Vaccination North-Western Provinces and Oudh 1878-1895 - 1878-1895
Year: 1878
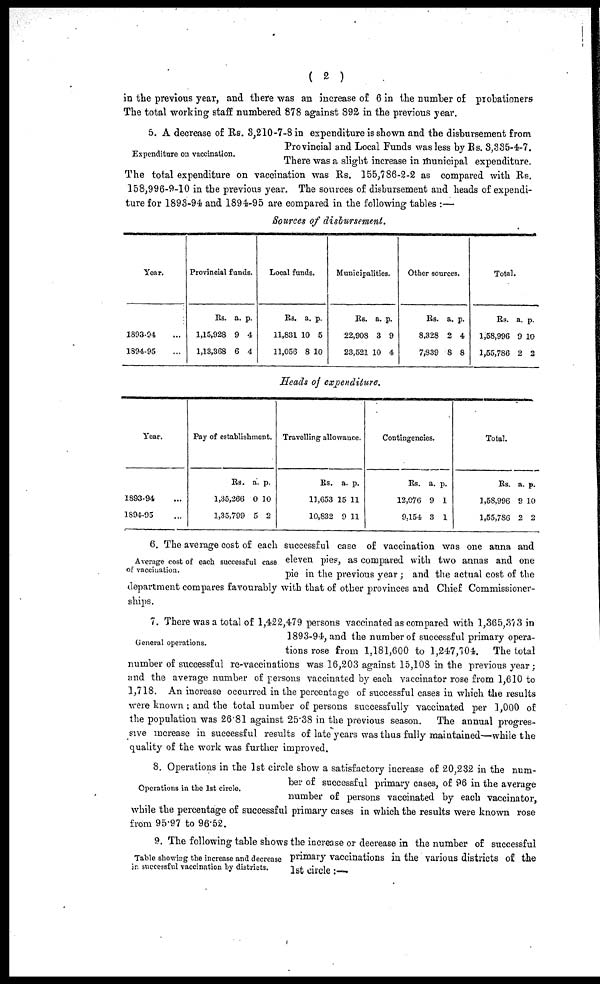
( 2 )
in the previous year, and there was an increase of 6 in the number of probationers
The total working staff numbered 878 against 892 in the previous year.
Expenditure on vaccination.
5. A decrease of Rs. 3,210-7-8 in expenditure is shown and the disbursement from
Provincial and Local Funds was less by Rs. 3,335-4-7.
There was a slight increase in municipal expenditure.
The total expenditure on vaccination was Rs. 155,786-2-2 as compared with Rs.
158,996-9-10 in the previous year. The sources of disbursement and heads of expendi-
ture for 1893-94 and 1894-95 are compared in the following tables :—
Sources of disbursement.
Year.
1893-94 ...
1894-95 ...
Provincial funds.
Rs.
1,15,928
1,13,368
a.
9
6
p.
4
4
Local funds.
Rs.
11,831
11,056
a.
10
8
p.
5
10
Municipalities.
Rs.
22,908
23,521
a.
3
10
p.
9
4
Other sources.
Rs.
8,328
7,839
a.
2
8
p.
4
8
Total.
Rs.
1,58,996
1,55,786
a.
9
2
p.
10
2
Heads of expenditure.
Year.
1893-94 ...
1894-95 ...
Pay of establishment.
Rs.
1,35,266
1,35,799
a.
0
5
p.
10
2
Travelling allowance.
Rs.
11,653
10,832
a
15
9
p.
11
11
Contingencies.
Rs.
12,076
9,154
a.
9
3
p.
1
1
Total.
Rs.
1,58,996
1,55,786
a.
9
2
p.
10
2
Average cost of each successful case
of vaccination.
6. The average cost of each successful case of vaccination was one anna and
eleven pies, as compared with two annas and one
pie in the previous year ; and the actual cost of the
department compares favourably with that of other provinces and Chief Commissioner-
ships.
General operations.
7. There was a total of 1,422,479 persons vaccinated as compared with 1,365,373 in
1893-94, and the number of successful primary opera-
tions rose from 1,181,600 to 1,247,704.
The total
number of successful re-vaccinations was 16,203 against 15,108 in the previous year;
and the average number of persons vaccinated by each vaccinator rose from 1,610 to
1,718. An increase occurred in the percentage of successful cases in which the results
were known ; and the total number of persons successfully vaccinated per 1,000 of
the population was 26.81 against 25.38 in the previous season. The annual progres-
sive increase in successful results of late years was thus fully maintained—while the
quality of the work was further improved.
Operations in the 1st circle.
8. Operations in the 1st circle show a satisfactory increase of 20,232 in the num-
ber of successful primary cases, of 96 in the average
number of persons vaccinated by each vaccinator,
while the percentage of successful primary cases in which the results were known rose
from 95.97 to 96.52.
Table showing the increase and decrease
in successful vaccination by districts.
9. The following table shows the increase or decrease in the number of successful
primary vaccinations in the various districts of the
1st circle:—